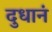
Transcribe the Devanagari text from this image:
दुधानं